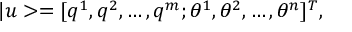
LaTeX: | u > = [ q ^ { 1 } , q ^ { 2 } , \dots , q ^ { m } ; \theta ^ { 1 } , \theta ^ { 2 } , \dots , \theta ^ { n } ] ^ { T } ,